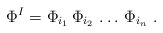
\begin{align*}\Phi^I = \Phi_{i_1} \, \Phi_{i_2} \, \dots \, \Phi_{i_n} \ .\end{align*}